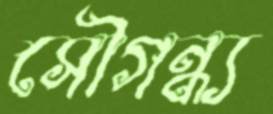
সৌগন্ধ্য